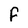
Character: F